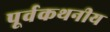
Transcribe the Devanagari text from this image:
पूर्वकथनीय